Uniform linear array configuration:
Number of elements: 16
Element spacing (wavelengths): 0.25
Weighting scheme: uniform
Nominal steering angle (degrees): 30
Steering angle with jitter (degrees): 28.682
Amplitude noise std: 0.05
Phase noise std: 0.05

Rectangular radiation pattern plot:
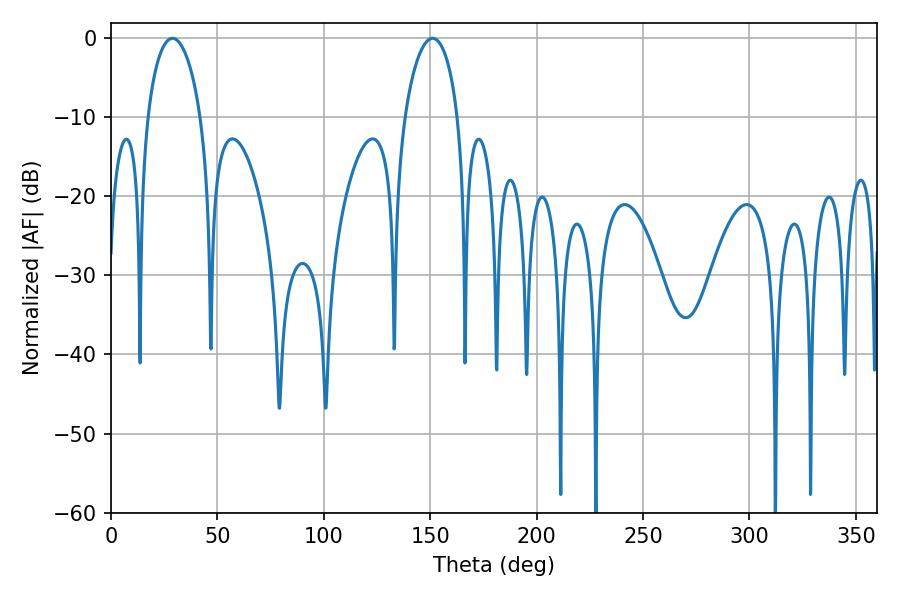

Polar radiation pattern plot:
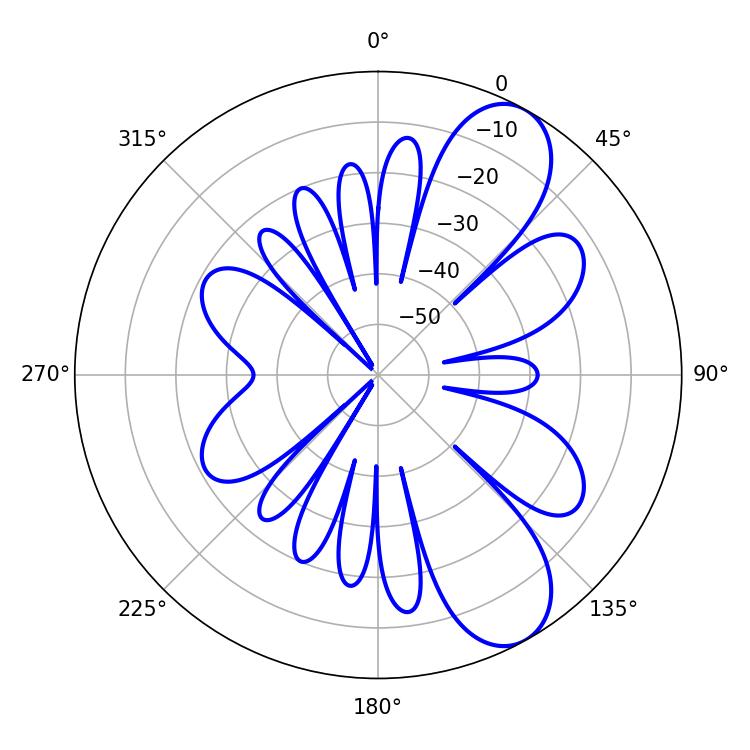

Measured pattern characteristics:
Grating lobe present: FALSE
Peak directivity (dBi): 8.701
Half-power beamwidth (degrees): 14.4
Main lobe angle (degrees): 28.98